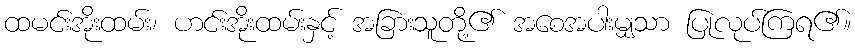
ထမင်းအိုးထမ်း၊ ဟင်းအိုးထမ်းနှင့် အခြားသူတို့၏ အစေအပါးမျှသာ ပြုလုပ်ကြရ၏။